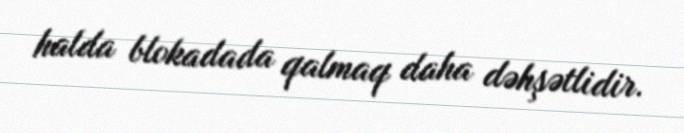
halda blokadada qalmaq daha dəhşətlidir.